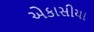
એકાસીયા